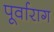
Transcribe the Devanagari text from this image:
पूर्वाराग